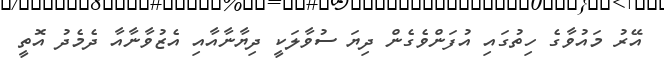
އޭރު މައުވާގެ ހިތުގައި އުފަންވެގެން ދިޔަ ސުވާލަކީ ދިޔާނާއާއި އެޒުވާނާއާ ދެމެދު އޮތީ